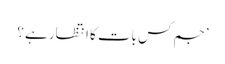
’جم کس بات کا انتظار ہے ؟